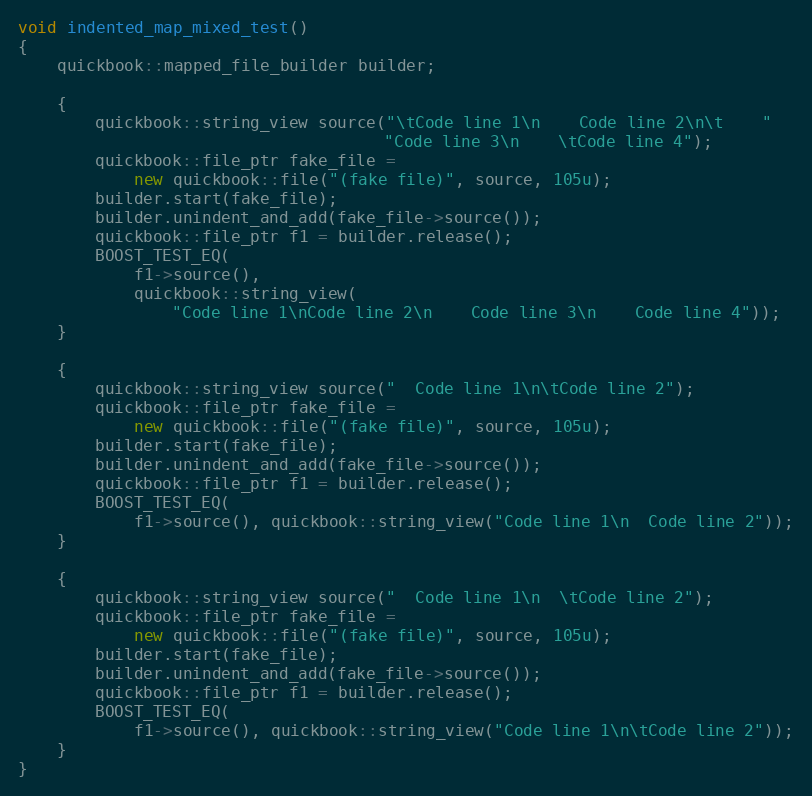
Language: C++
void indented_map_mixed_test()
{
    quickbook::mapped_file_builder builder;

    {
        quickbook::string_view source("\tCode line 1\n    Code line 2\n\t    "
                                      "Code line 3\n    \tCode line 4");
        quickbook::file_ptr fake_file =
            new quickbook::file("(fake file)", source, 105u);
        builder.start(fake_file);
        builder.unindent_and_add(fake_file->source());
        quickbook::file_ptr f1 = builder.release();
        BOOST_TEST_EQ(
            f1->source(),
            quickbook::string_view(
                "Code line 1\nCode line 2\n    Code line 3\n    Code line 4"));
    }

    {
        quickbook::string_view source("  Code line 1\n\tCode line 2");
        quickbook::file_ptr fake_file =
            new quickbook::file("(fake file)", source, 105u);
        builder.start(fake_file);
        builder.unindent_and_add(fake_file->source());
        quickbook::file_ptr f1 = builder.release();
        BOOST_TEST_EQ(
            f1->source(), quickbook::string_view("Code line 1\n  Code line 2"));
    }

    {
        quickbook::string_view source("  Code line 1\n  \tCode line 2");
        quickbook::file_ptr fake_file =
            new quickbook::file("(fake file)", source, 105u);
        builder.start(fake_file);
        builder.unindent_and_add(fake_file->source());
        quickbook::file_ptr f1 = builder.release();
        BOOST_TEST_EQ(
            f1->source(), quickbook::string_view("Code line 1\n\tCode line 2"));
    }
}